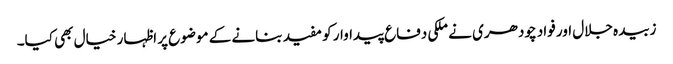
زبیدہ جلال اور فواد چودھری نے ملکی دفاع پیداوار کو مفید بنانے کے موضوع پر اظہار خیال بھی کیا۔